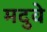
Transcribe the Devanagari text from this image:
मदुवे